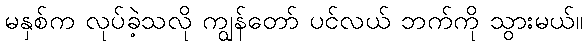
မနှစ်က လုပ်ခဲ့သလို ကျွန်တော် ပင်လယ် ဘက်ကို သွားမယ်။